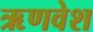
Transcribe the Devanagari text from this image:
ऋणवेश